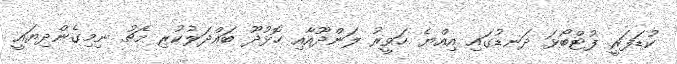
ކުޑަފަރީ ފުޓްބޯޅަ ދަނޑުގައި އިއްޔެ ހަވީރު ލަންދޫއާއި ހޮޅުދޫ ބައްދަލުކުރި މެޗު ނިމިގެންދިޔައީ